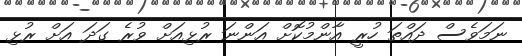
ނަމަވެސް ދައްތަ ހުރީ އާންމުކޮށް އަންނަ ރުޅިއަށް ވުރެ ގަދަ އަށް ރުޅި